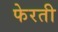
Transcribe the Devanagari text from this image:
फेरती